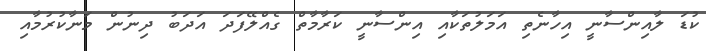
ކުޑަ ލާއިންސާނީ އިހާނެތި އަމަލުތަކާއި އިންސާނީ ކަރާމާތް ގެއްލޭފަދަ އަދަބު ދިނުން މަނާކުރުމާއި